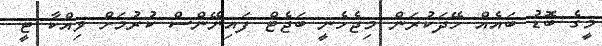
މީގެ ބޮޑު ބައެއް ހޭދަކުރަން މިޖެހެނީ ބަޖެޓް ފައިނޭންސް ކުރުމަށް ވިއްކާ ޓީ